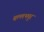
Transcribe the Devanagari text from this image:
बल्लभपुर